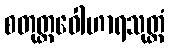
စတုတ္ထဝေါဟာရသုတ္တံ